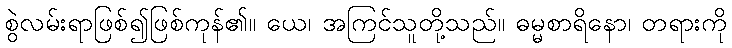
စွဲလမ်းရာဖြစ်၍ဖြစ်ကုန်၏။ ယေ၊ အကြင်သူတို့သည်။ ဓမ္မစာရိနော၊ တရားကို